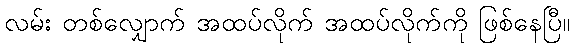
လမ်း တစ်လျှောက် အထပ်လိုက် အထပ်လိုက်ကို ဖြစ်နေပြီ။